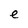
Character: e